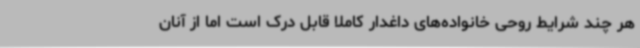
هر چند شرایط روحی خانواده‌های داغدار کاملا قابل درک است اما از آنان